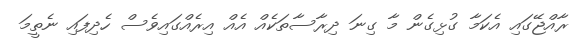
ރާއްޖޭގައި އެކަމާ ގުޅިގެން މާ ގިނަ ދިރާސާތަކެއް އެއް އިރެއްގައިވެސް ހެދިފައި ނެތީމަ